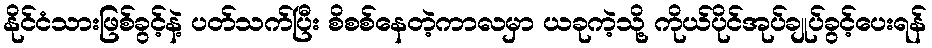
နိုင်ငံသားဖြစ်ခွင့်နဲ့ ပတ်သက်ပြီး စိစစ်နေတဲ့ကာလမှာ ယခုကဲ့သို့ ကိုယ်ပိုင်အုပ်ချုပ်ခွင့်ပေးရန်